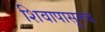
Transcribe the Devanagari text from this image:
शिवापासूनच